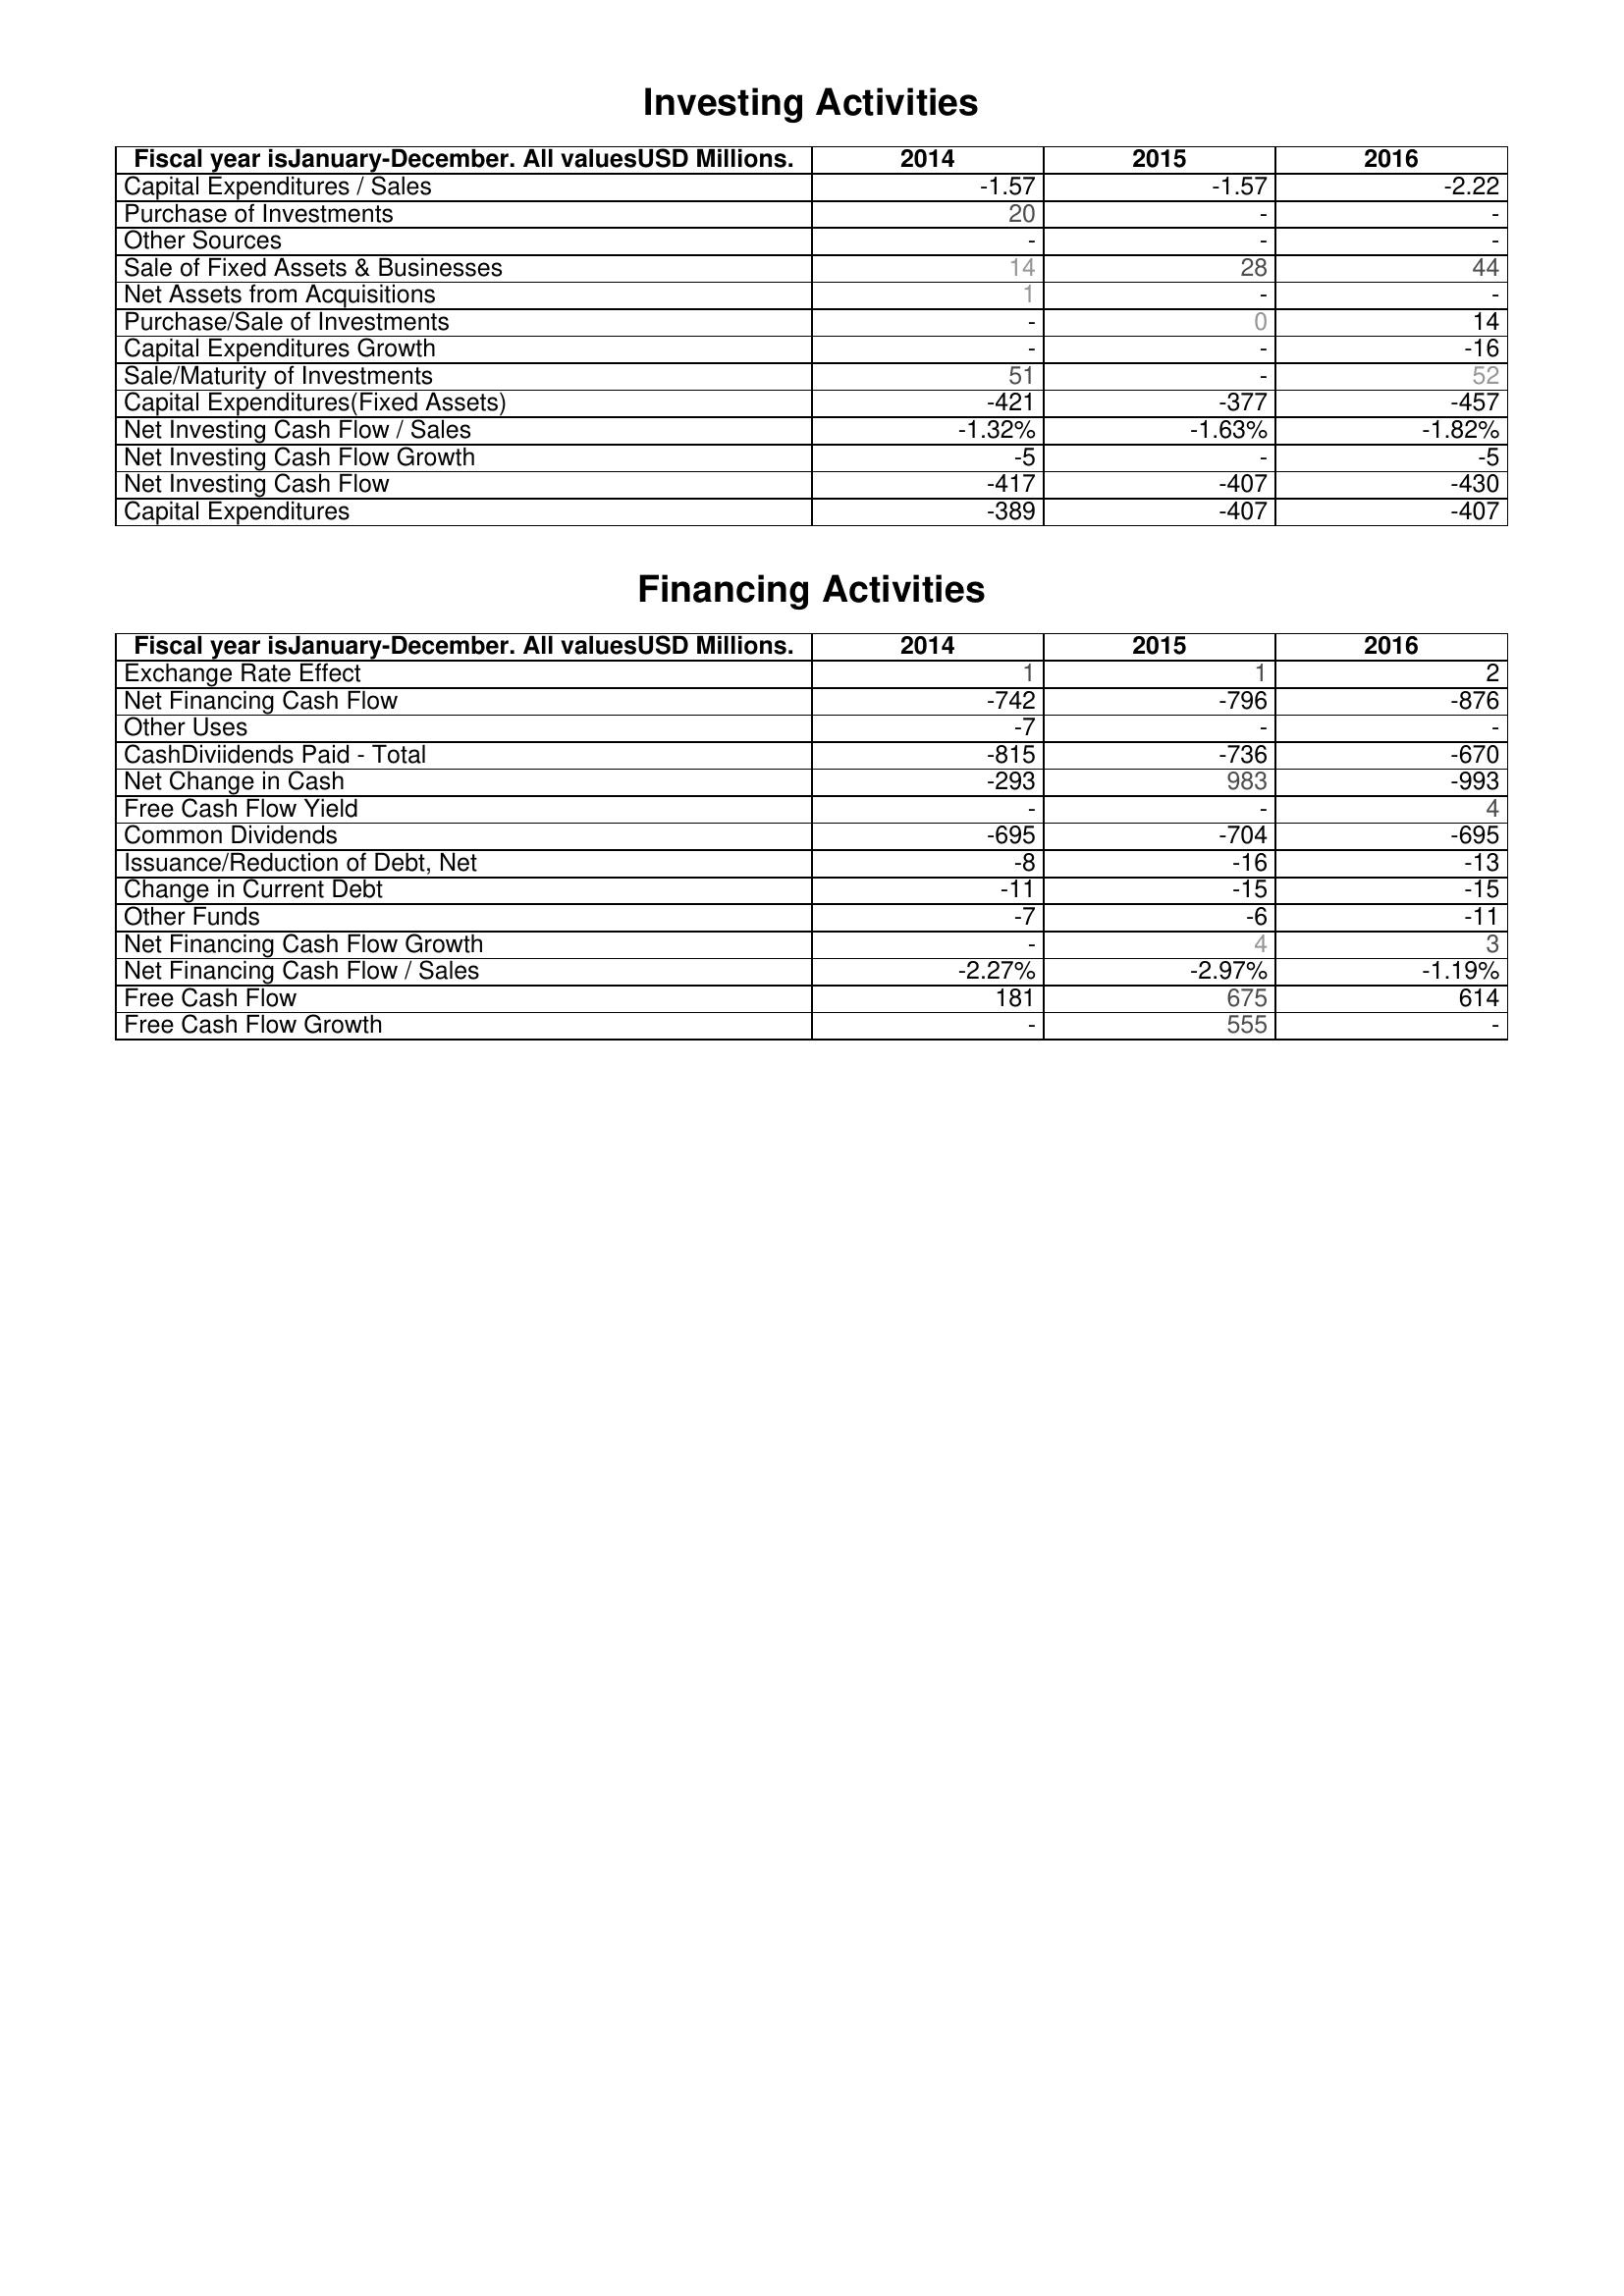
2014: Investing Activities: Capital Expenditures / Sales: -1.57
Purchase of Investments: 20
Other Sources: -
Sale of Fixed Assets & Businesses: 14
Net Assets from Acquisitions: 1
Purchase/Sale of Investments: -
Capital Expenditures Growth: -
Sale/Maturity of Investments: 51
Capital Expenditures(Fixed Assets): -421
Net Investing Cash Flow / Sales: -1.32%
Net Investing Cash Flow Growth: -5
Net Investing Cash Flow: -417
Capital Expenditures: -389
Financing Activities: Exchange Rate Effect: 1
Net Financing Cash Flow: -742
Other Uses: -7
CashDiviidends Paid - Total: -815
Net Change in Cash: -293
Free Cash Flow Yield: -
Common Dividends: -695
Issuance/Reduction of Debt, Net: -8
Change in Current Debt: -11
Other Funds: -7
Net Financing Cash Flow Growth: -
Net Financing Cash Flow / Sales: -2.27%
Free Cash Flow: 181
Free Cash Flow Growth: -
2015: Investing Activities: Capital Expenditures / Sales: -1.57
Purchase of Investments: -
Other Sources: -
Sale of Fixed Assets & Businesses: 28
Net Assets from Acquisitions: -
Purchase/Sale of Investments: 0
Capital Expenditures Growth: -
Sale/Maturity of Investments: -
Capital Expenditures(Fixed Assets): -377
Net Investing Cash Flow / Sales: -1.63%
Net Investing Cash Flow Growth: -
Net Investing Cash Flow: -407
Capital Expenditures: -407
Financing Activities: Exchange Rate Effect: 1
Net Financing Cash Flow: -796
Other Uses: -
CashDiviidends Paid - Total: -736
Net Change in Cash: 983
Free Cash Flow Yield: -
Common Dividends: -704
Issuance/Reduction of Debt, Net: -16
Change in Current Debt: -15
Other Funds: -6
Net Financing Cash Flow Growth: 4
Net Financing Cash Flow / Sales: -2.97%
Free Cash Flow: 675
Free Cash Flow Growth: 555
2016: Investing Activities: Capital Expenditures / Sales: -2.22
Purchase of Investments: -
Other Sources: -
Sale of Fixed Assets & Businesses: 44
Net Assets from Acquisitions: -
Purchase/Sale of Investments: 14
Capital Expenditures Growth: -16
Sale/Maturity of Investments: 52
Capital Expenditures(Fixed Assets): -457
Net Investing Cash Flow / Sales: -1.82%
Net Investing Cash Flow Growth: -5
Net Investing Cash Flow: -430
Capital Expenditures: -407
Financing Activities: Exchange Rate Effect: 2
Net Financing Cash Flow: -876
Other Uses: -
CashDiviidends Paid - Total: -670
Net Change in Cash: -993
Free Cash Flow Yield: 4
Common Dividends: -695
Issuance/Reduction of Debt, Net: -13
Change in Current Debt: -15
Other Funds: -11
Net Financing Cash Flow Growth: 3
Net Financing Cash Flow / Sales: -1.19%
Free Cash Flow: 614
Free Cash Flow Growth: -